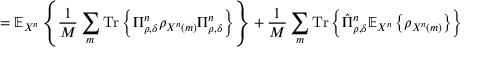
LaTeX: = \mathbb { E } _ { X ^ { n } } \left\{ { \frac { 1 } { M } } \sum _ { m } { \mathrm { T r } } \left\{ \Pi _ { \rho , \delta } ^ { n } \rho _ { X ^ { n } \left( m \right) } \Pi _ { \rho , \delta } ^ { n } \right\} \right\} + { \frac { 1 } { M } } \sum _ { m } { \mathrm { T r } } \left\{ { \hat { \Pi } } _ { \rho , \delta } ^ { n } \mathbb { E } _ { X ^ { n } } \left\{ \rho _ { X ^ { n } \left( m \right) } \right\} \right\}